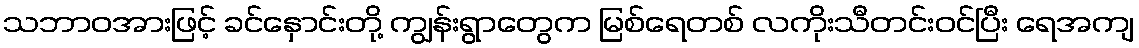
သဘာဝအားဖြင့် ခင်နှောင်းတို့ ကျွန်းရွာတွေက မြစ်ရေတစ် လကိုးသီတင်းဝင်ပြီး ရေအကျ